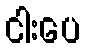
ငါးပေ